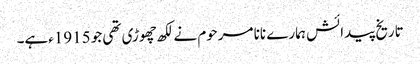
تاریخ پیدائش ہمارے نانا مرحوم نے لکھ چھوڑی تھی جو 1915ءہے۔